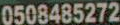
0508485272